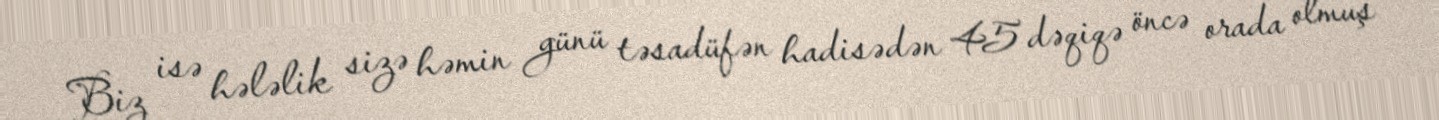
Biz isə hələlik sizə həmin günü təsadüfən hadisədən 45 dəqiqə öncə orada olmuş